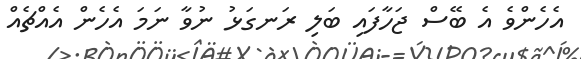
އެހެންވެ އެ ބޭސް ޖަހާފައި ބަލި ރަނގަޅު ނުވާ ނަމަ އެހެން އެއްޗެއް